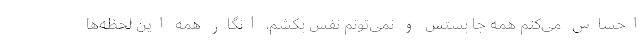
احساس می‌کنم همه جا بستس و نمی‌تونم نفس بکشم، انگار همهٔ این لحظه‌ها